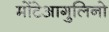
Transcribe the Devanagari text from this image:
मोंटेआगुलिनो